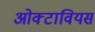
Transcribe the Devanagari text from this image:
ओक्टावियस